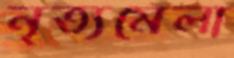
নৃত্যমেলা